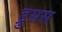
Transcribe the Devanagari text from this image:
ड्रुसस